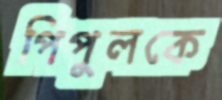
পিপুলকে